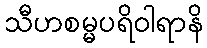
သီဟစမ္မပရိဝါရာနိ